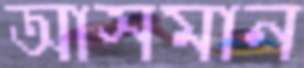
আসমান